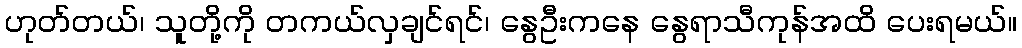
ဟုတ်တယ်၊ သူတို့ကို တကယ်လှချင်ရင်၊ နွေဦးကနေ နွေရာသီကုန်အထိ ပေးရမယ်။